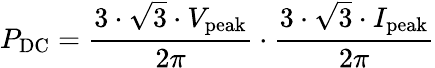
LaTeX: P_{\mathrm{DC}}={\frac{3\cdot{\sqrt{3}}\cdot V_{\mathrm{peak}}}{2\pi}}\cdot{\frac{3\cdot{\sqrt{3}}\cdot I_{\mathrm{peak}}}{2\pi}}